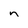
Character: n